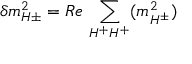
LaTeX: \delta m _ { H \pm } ^ { 2 } = R e \, \sum _ { H ^ { + } H ^ { + } } ( m _ { H ^ { \pm } } ^ { 2 } )